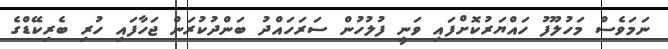
ނަމަވެސް މަހުލޫފު ހައްޔަރުކޮށްފައި ވަނީ ފުލުހުން ސަރަހައްދު ބަންދުކުރަން ޖަހާފައި ހުރި ބެރިކޭޑްގެ